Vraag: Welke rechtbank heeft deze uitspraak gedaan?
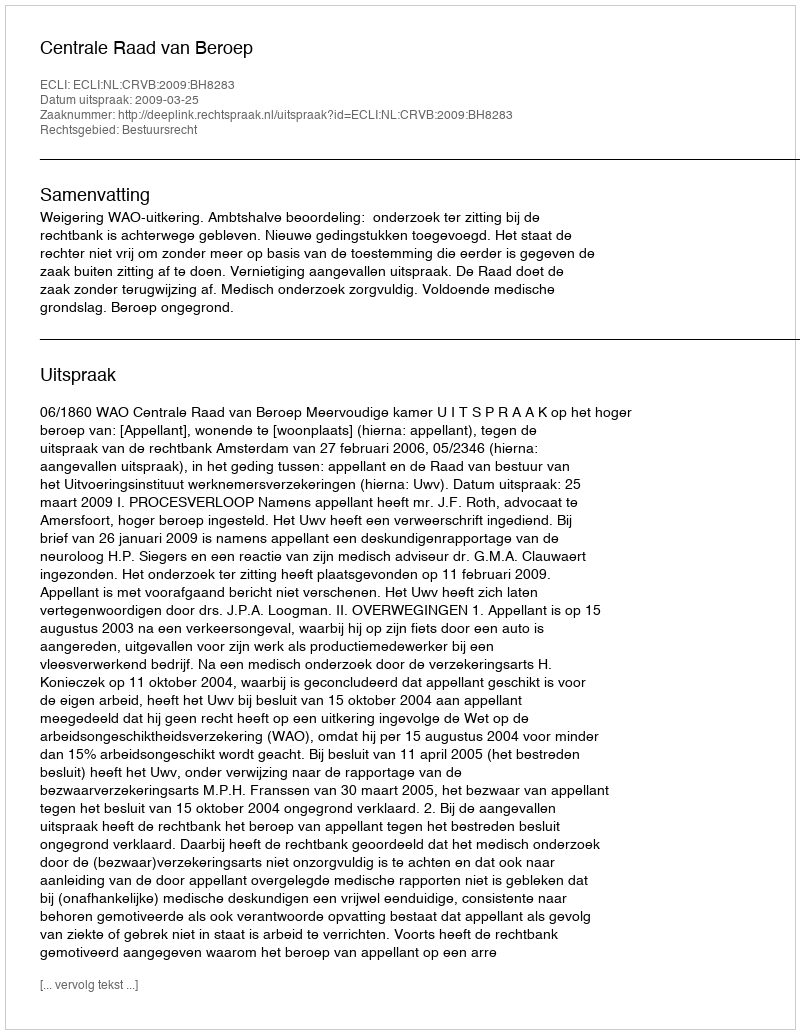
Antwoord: Centrale Raad van Beroep